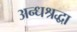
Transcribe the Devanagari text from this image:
अन्धश्रद्धा